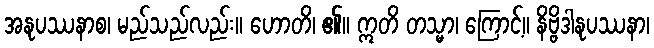
အနုပဿနာစ၊ မည်သည်လည်း။ ဟောတိ၊ ၏။ ဣတိ တသ္မာ၊ ကြောင့်။ နိဗ္ဗိဒါနုပဿနာ၊